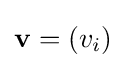
\mathbf {v} =\left(v_{i}\right)